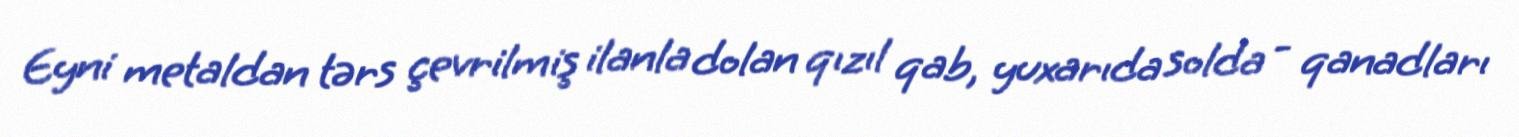
Eyni metaldan tərs çevrilmiş ilanla dolan qızıl qab, yuxarıda solda - qanadları